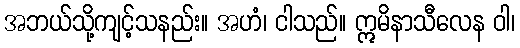
အဘယ်သို့ကျင့်သနည်း။ အဟံ၊ ငါသည်။ ဣမိနာသီလေန ဝါ၊